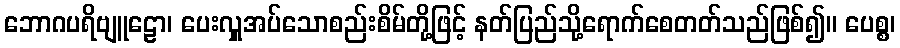
ဘောဂပရိဗျူဠော၊ ပေးလှူအပ်သောစည်းစိမ်တို့ဖြင့် နတ်ပြည်သို့ရောက်စေတတ်သည်ဖြစ်၍။ ပေစ္စ၊